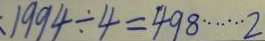
1 9 9 4 \div 4 = 4 9 8 \cdots 2